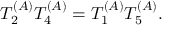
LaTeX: T _ { 2 } ^ { ( A ) } T _ { 4 } ^ { ( A ) } = T _ { 1 } ^ { ( A ) } T _ { 5 } ^ { ( A ) } .